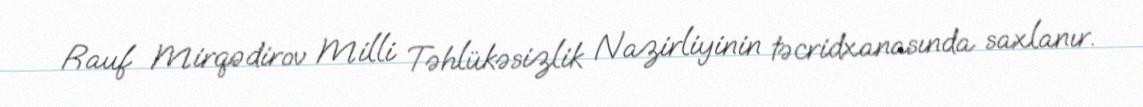
Rauf Mirqədirov Milli Təhlükəsizlik Nazirliyinin təcridxanasında saxlanır.